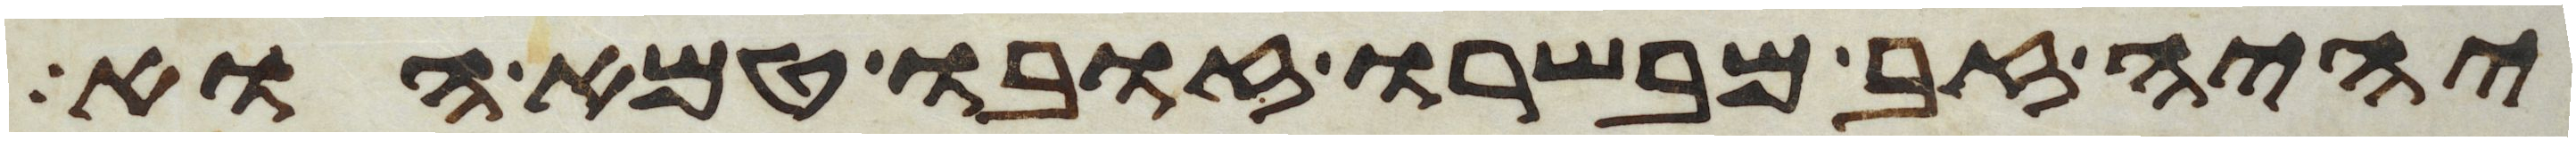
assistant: יהיה זב מבשרו זובו טמא הוא